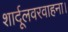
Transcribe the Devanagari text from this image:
शार्दूलवरवाहना।